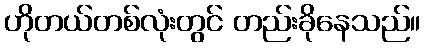
ဟိုတယ်တစ်လုံးတွင် တည်းခိုနေသည်။